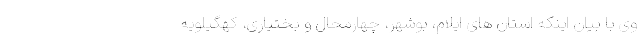
وی با بیان اینکه استان های ایلام، بوشهر، چهارمحال و بختیاری، کهگیلویه